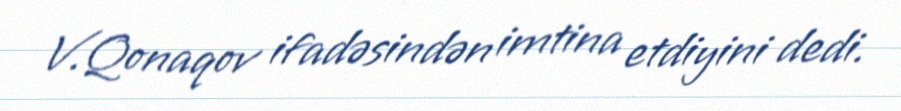
V.Qonaqov ifadəsindən imtina etdiyini dedi.